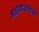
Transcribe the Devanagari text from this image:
माधवारावांना